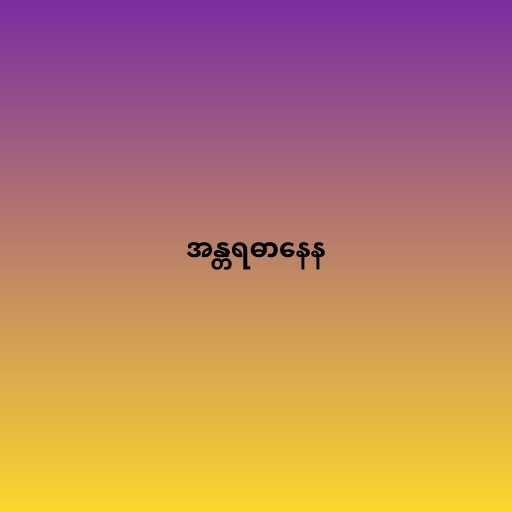
အန္တရဓာနေန